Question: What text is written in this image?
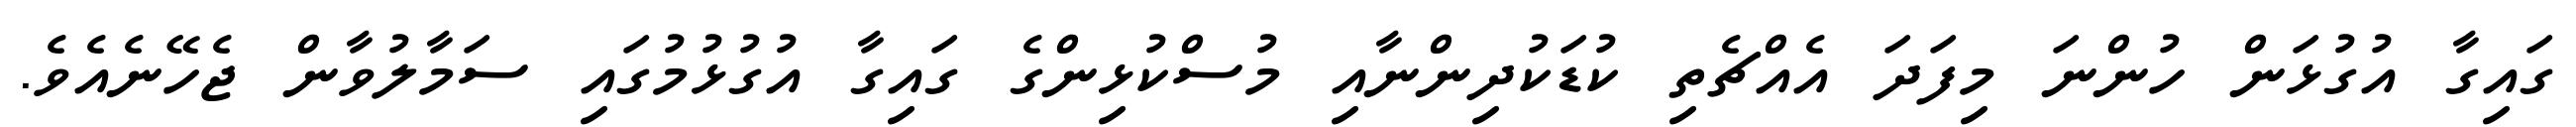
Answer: ގައިގާ އުގުޅަން ހުންނަ މިފަދަ އެއްޗެތި ކުޑަކުދިންނާއި މުސްކުޅިންގެ ގައިގާ އުގުޅުމުގައި ސަމާލުވާން ޖެހޭނެއެވެ.